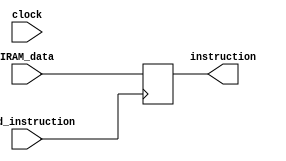
module IR(input clock,
			input wire [15:0] IRAM_data,
			output reg [15:0] instruction,
			//output wire [3:0] source_register,
			//output wire [2:0] destination_register,
			//output wire [3:0] multiply_divide_constant,
			//output wire [11:0] load_constant,
			//output wire [3:0] jump_condition,
			//output wire [7:0] jump_address,
			input wire load_instruction);

//assign source_register = instruction[11:8];
//assign destination_register = instruction[2:0];
//assign multiply_divide_constant = instruction[11:8];
//assign load_constant = instruction[11:0];
//assign jump_condition = instruction[11:8];
//assign jump_address = instruction[7:0];

initial
begin
instruction=16'b0;
end	
						
always @(posedge load_instruction)
begin
instruction=IRAM_data;
end

endmodule